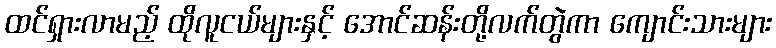
ထင်ရှားလာမည့် ထိုလူငယ်များနှင့် အောင်ဆန်းတို့လက်တွဲကာ ကျောင်းသားများ